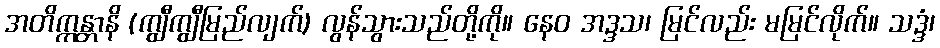
အတိက္ကန္တာနိ (ကျွီကျွီမြည်လျက်) လွန်သွားသည်တို့ကို။ နေဝ အဒ္ဒသ၊ မြင်လည်း မမြင်လိုက်။ သဒ္ဒံ၊